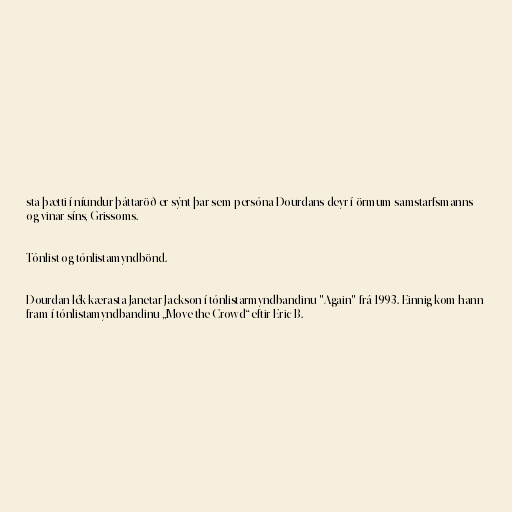
sta þætti í níundur þáttaröð er sýnt þar sem persóna Dourdans deyr í örmum samstarfsmanns
og vinar síns, Grissoms.

Tónlist og tónlistamyndbönd.

Dourdan lék kærasta Janetar Jackson í tónlistarmyndbandinu "Again" frá 1993. Einnig kom hann
fram í tónlistamyndbandinu „Move the Crowd“ eftir Eric B.